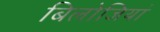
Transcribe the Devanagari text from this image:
बिलोजियां